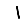
Digit: 1